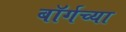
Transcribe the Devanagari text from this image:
बॉर्गच्या